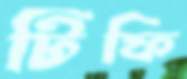
টিফি